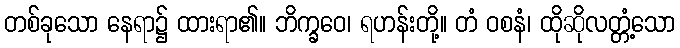
တစ်ခုသော နေရာ၌ ထားရာ၏။ ဘိက္ခဝေ၊ ရဟန်းတို့။ တံ ဝစနံ၊ ထိုဆိုလတ္တံ့သော